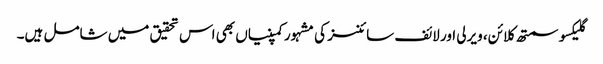
گلیکسو سمتھ کلائن، ویرلی اور لائف سائنسز کی مشہور کمپنیاں بھی اس تحقیق میں شامل ہیں۔